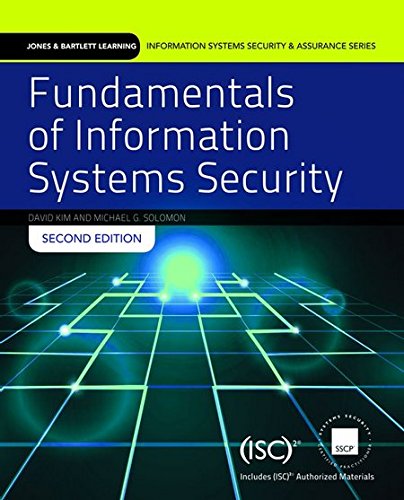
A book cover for Fundamentals Of Information Systems Security (Information Systems Security & Assurance); David Kim; Computers & Technology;